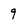
Character: 9